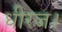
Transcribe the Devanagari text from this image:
धीरज।